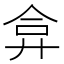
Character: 弇